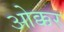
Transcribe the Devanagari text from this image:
ओक्कर